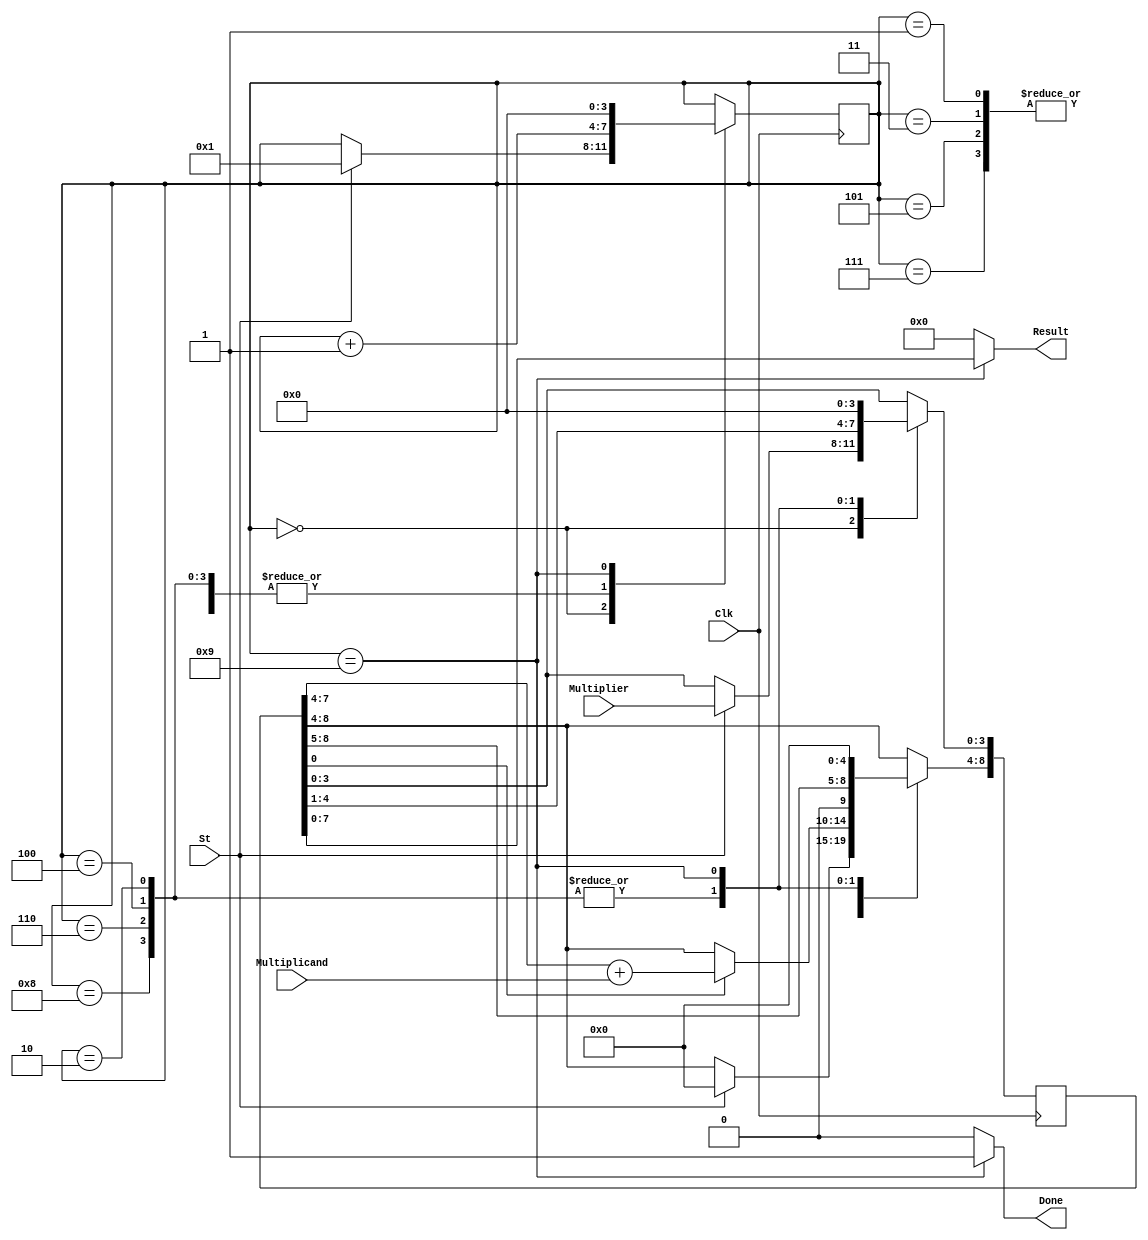
`define M ACC[0]
module mult4X4 (Clk, St, Multiplier, Multiplicand, Done, Result); 
//putput can be seen in the the last clock cyle only of a given input because the last iteration gives the product
input Clk,St; //declaring the two input parameters clock and reset
input [3:0] Multiplier, Multiplicand;//declaring 2 4 bit Multiplicand and multiplier
output Done; 
output [7:0] Result;//as result is 2*bit size of the operands,so we declare 8-bit numbers
 //state is a 3 bit number as for a 3 bit number we have maximum of 4 add and 4 shift operations,total=8 so I take it as 2^3=8
reg [3:0] State; //add/shift 
reg [8:0] ACC; //accumulator 
//we declare everything to 0 in the begining called "initialization phase
initial 
begin 
    State =0;
    ACC = 0;
end 
//state is the counter variable that handles the count of the cycles
//we designed the system to trigger at every positive edge of the clock signal
//we change the state in every if/else statement as it represents a cycle
//number of cycles is equal to number of bits in the multiplicand 
//(<=) Execution of nonblocking assignments can be viewed as a two-step process:
//1. Evaluate the RHS of nonblocking statements at the beginning of the time step.
//2. Update the LHS of nonblocking statements at the end of the time step. 
always@(posedge Clk)//posedge tells positive edge of the clock
begin 
   case (State)//herer we use switch statement analogy in verilog called case to start our process
   0://initialization phase 
		begin //Starting multiplication process
			if(St == 1'b1)
			begin 
				ACC[8:4] <= 5'b00000; 
				ACC[3:0] <= Multiplier;//basically adding multimplier to the A part of the acc register
				State <= 1; 
			end
        end 
    1,3,5,7://at every alternate cycel I do the work of checking the last bit and decideing wheter I must add or not 
	//I either add and shift  or just shift depending on the last bit of the accumulator register 
        begin //Checking for last bit of the acculumator register
			if( `M == 1'b1) //Last bit ls 1,we proceed to do A=A+M
                begin 
				    ACC[8:4] <= {1'b0, ACC[7:4]} + Multiplicand;// Add and move to next state(A=A+M)
				    State<= State + 1; // change count with addition and just shifting
                end 
            else
                begin
                State <= State + 1;//Change state without a
                end
        end
    2,4,6,8 ://here in the even cycles we do the job of shifting the number from the previous cycle's output
	//in this algo,the shift is a mandatory step and happens regardless of the addition operation 
        begin
            ACC <= {1'b0, ACC[8:1]};//Shift right by one bit by replacing the moved bit with 0,we dont see sign extension here
            State <= State + 1;//increment the count variable after a cycle
        end
    9://after the 8th step we encounter 9th step which tells if the multiplication is over of not
        begin//once the steps are done,we re-initialize the values of the state and accumator to make it ready for next input,as first set happens before loop
            State <= 0;
            ACC <= 0;
        end 
    endcase
end 
   assign Done = (State == 9)?1'b1:1'b0 ;//checking if the state is 9,mif yes we replace the done variable with 1(true
   assign Result = (State == 9) ? ACC [7:0] : 8 'b00000000;//if state is 9,we store the result that is retured to the testbench for output
   //if the state is 9,we store the value of the accumulator in the result,else put 0 in it to show that the multiplication was with 0
endmodule